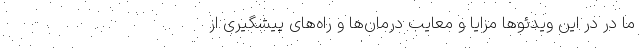
ما در در این ویدئوها مزایا و معایب درمان‌ها و راه‌های پیشگیری از